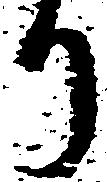
り